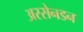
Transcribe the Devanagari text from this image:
अस्सेनडन